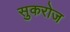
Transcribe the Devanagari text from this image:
सुकरोज